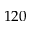
1 2 0